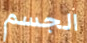
الجسم